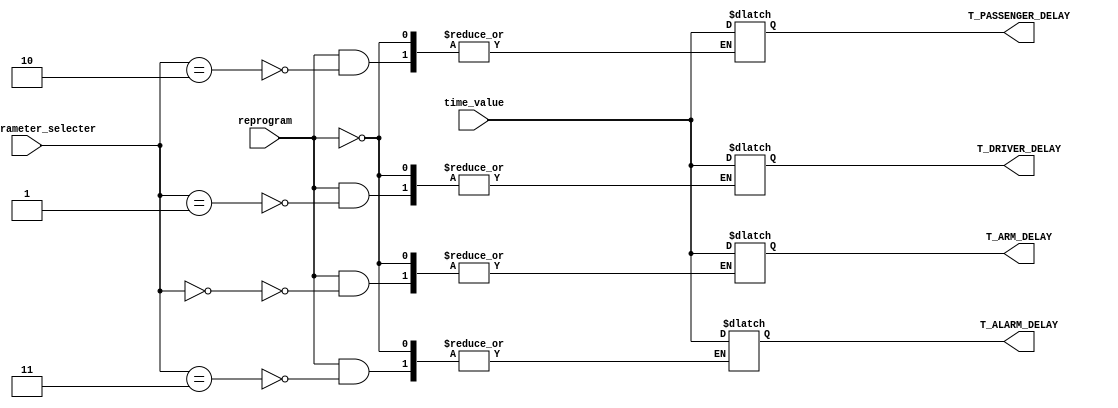
`timescale 1ns / 1ps
//////////////////////////////////////////////////////////////////////////////////
// Company: 
// Engineer: 
// 
// Design Name: 
// Module Name: time_parameters
// Project Name: 
// Target Devices: 
// Tool Versions: 
// Description: 
// 
// Dependencies: 
// 
// Revision:
// Revision 0.01 - File Created
// Additional Comments:
// 
//////////////////////////////////////////////////////////////////////////////////


module time_parameters(
    input [1:0] time_parameter_selecter,
    input [3:0] time_value,
    input reprogram,
    output [3:0] T_ARM_DELAY,
    output [3:0] T_DRIVER_DELAY,
    output [3:0] T_PASSENGER_DELAY,
    output [3:0] T_ALARM_DELAY
    );
    
    // default values
    
    reg [3:0] arm = 6;
    reg [3:0] driver = 8;
    reg [3:0] passenger = 15;
    reg [3:0] alarm = 10;
    
    always @(*) begin
        if (reprogram) begin
            case (time_parameter_selecter)
                2'b00: arm <= time_value;
                2'b01: driver <= time_value;
                2'b10: passenger <= time_value;
                2'b11: alarm <= time_value;
                default: ;  // do nothing, shouldn't actually ever be hit anyway
            endcase
        end
    end
    
    assign T_ARM_DELAY = arm;
    assign T_DRIVER_DELAY = driver;
    assign T_PASSENGER_DELAY = passenger;
    assign T_ALARM_DELAY = alarm;
endmodule